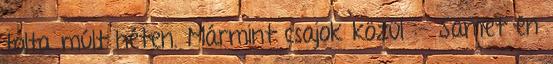
tolta múlt héten. Mármint csajok közül :- Samet én